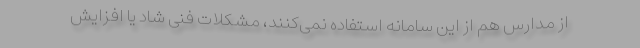
از مدارس هم از این سامانه استفاده نمی‌کنند، مشکلات فنی شاد یا افزایش